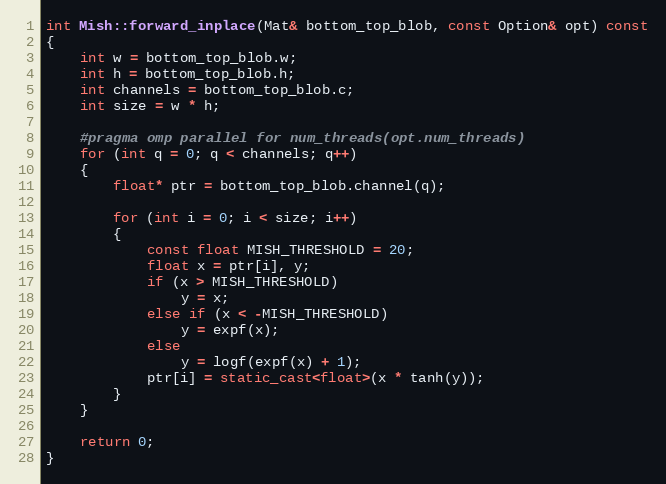
Language: C++
int Mish::forward_inplace(Mat& bottom_top_blob, const Option& opt) const
{
    int w = bottom_top_blob.w;
    int h = bottom_top_blob.h;
    int channels = bottom_top_blob.c;
    int size = w * h;

    #pragma omp parallel for num_threads(opt.num_threads)
    for (int q = 0; q < channels; q++)
    {
        float* ptr = bottom_top_blob.channel(q);

        for (int i = 0; i < size; i++)
        {
            const float MISH_THRESHOLD = 20;
            float x = ptr[i], y;
            if (x > MISH_THRESHOLD)
                y = x;
            else if (x < -MISH_THRESHOLD)
                y = expf(x);
            else
                y = logf(expf(x) + 1);
            ptr[i] = static_cast<float>(x * tanh(y));
        }
    }

    return 0;
}